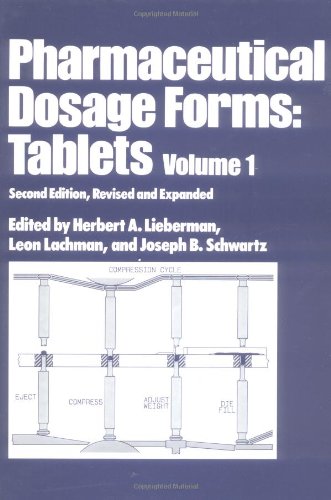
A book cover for Pharmaceutical Dosage Forms: Tablets, Volume 1, Second Edition; Medical Books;